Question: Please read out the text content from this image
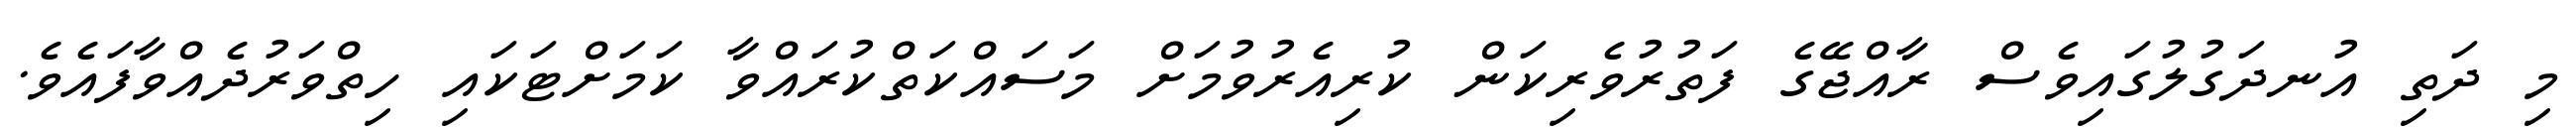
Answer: މި ދަތި އުނދަގުލުގައިވެސް ރާއްޖޭގެ ފަތުރުވެރިކަން ކުރިއެރުވުމަށް މަސައްކަތްކުރައްވާ ކަމަށްޓަކައި ހިތްވަރުދެއްވާފައެވެ.